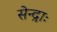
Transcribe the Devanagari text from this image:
सेन्द्राः